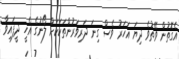
އެގޮތުން ވޭތުވެ ދިޔަ އަހަރު ވެސް ގިނަ ދަރިވަރުންތަކަކަށް ލޯނުގެ އެހީ ދީފައިވާ